Annual report of the Punjab Veterinary College and of the Civil Veterinary Department, Punjab - 1926-1932
Year: 1926
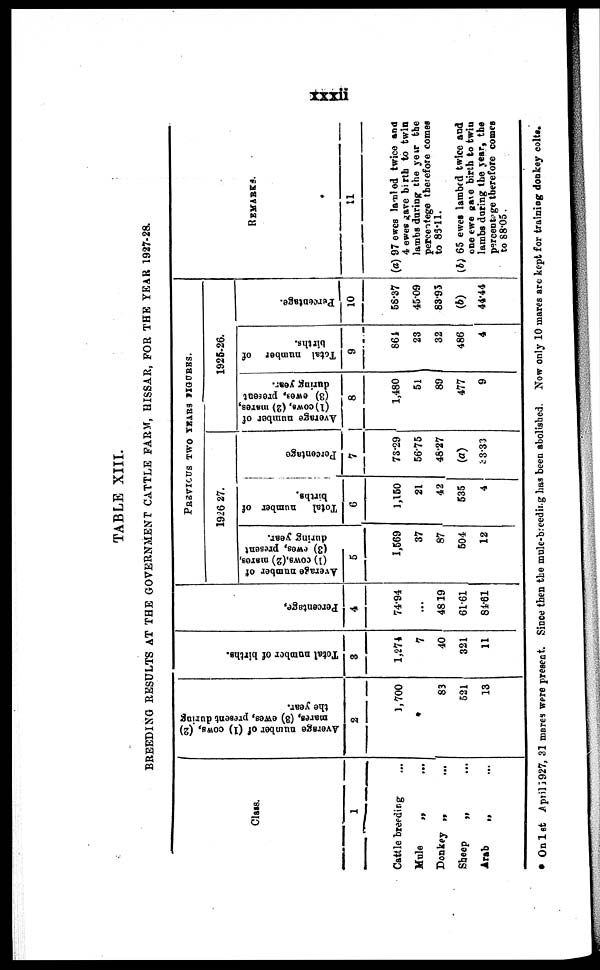
xxxii
TABLE XIII.
BREEDING RESULTS AT THE GOVERNMENT CATTLE FARM, HISSAR, FOR THE YEAR 1927-28.
Class.
1
Cattle breeding ...
Mule
„
...
Donkey „ ...
Sheep
„ ...
Arab
„ ...
Average number of (1) cows, (2)
mares, (3)
ewes, present during
the year.
2
1,700
83
521
13
Total number of births.
3
1,274
7
40
321
11
Per cent age,
4
74.94
...
48 19
61.61
84.61
PREVIOUS TWO YEARS FIGURES.
1926-27.
Average number of
(1) cows,(2) mares,
(3) ewes, present
during year.
5
1,569
37
87
504
12
Total
number of
births.
6
1,150
21
42
535
4
Percentage
7
73.29
56.75
48.27
(a)
33.33
1925-26.
Average number of
(1)cows,
(2) mares,
(3) ewes, present
during year.
8
1,480
51
89
477
9
Total number of
births.
9
864
23
32
486
4
Percentage.
10
58.37
45.09
83.95
(b)
44.44
REMARKS.
11
(a) 97 ewes lambed twice and
4 ewes gave birth to twin
lambs during the year the
percentage therefore comes
to 86.11.
(b) 65 ewes lambed twice and
one ewe gave birth to twin
lambs during the year, the
percentage therefore comes
to 88.05.
* On 1st April 1927, 31 mares were present. Since then the mule-breeding has been abolished. Now only 10 mares are kept for training donkey colts.